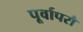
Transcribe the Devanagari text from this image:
पूर्वापरौ